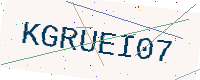
Text: KGRUEI07